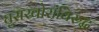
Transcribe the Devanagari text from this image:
घुसखोरांविरुद्ध